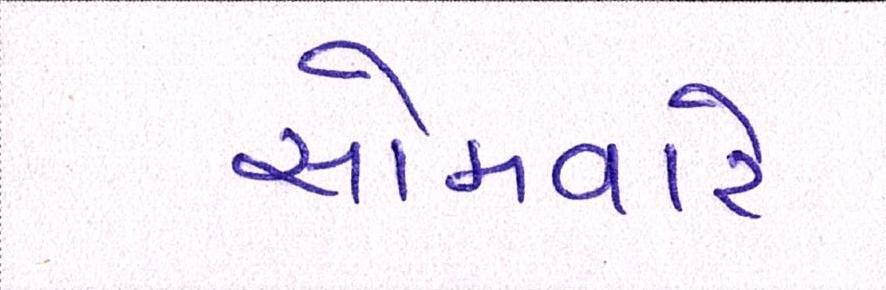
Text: સોમવારે